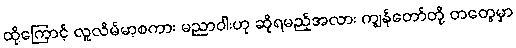
ထို့ကြောင့် လူလိမ်မာ့စကား မညာဝါးဟု ဆိုရမည့်အလား ကျွန်တော်တို့ တတွေမှာ